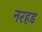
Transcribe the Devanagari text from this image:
नरहड